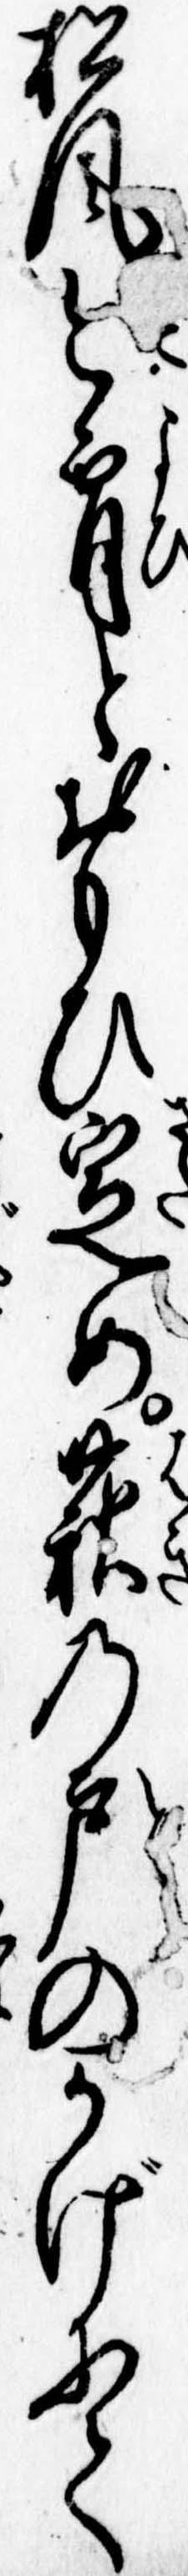
松風今宵とおもひ定め萩の戸のかげにて